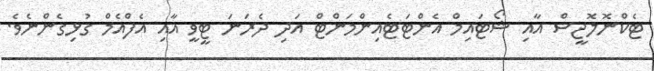
ޓެކްނޮލޮޖީސް އާއި ޝޯޓައިމް އެންޓަޓެއިންމަންޓް އަދި ދެރަނަ ޓީވީ އާއި އެފްއެމް ގުޅިގެންނެވެ.